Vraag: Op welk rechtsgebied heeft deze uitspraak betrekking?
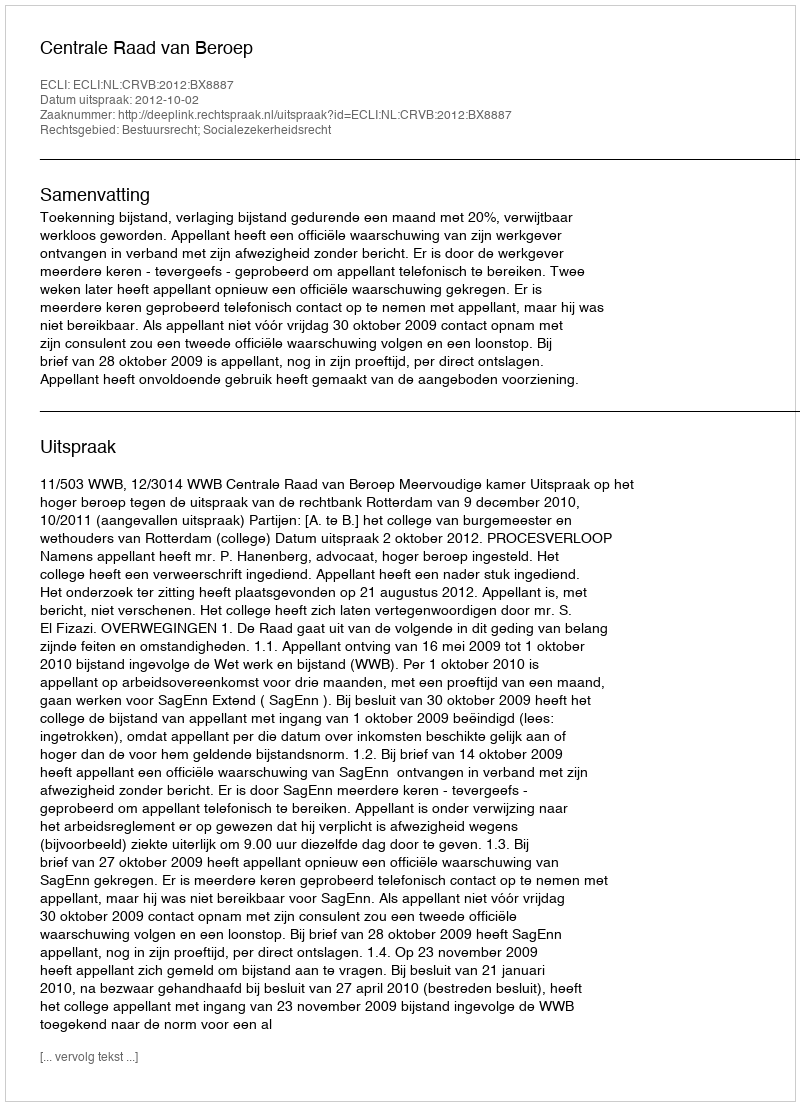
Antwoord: Bestuursrecht; Socialezekerheidsrecht